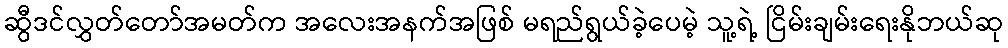
ဆွီဒင်လွှတ်တော်အမတ်က အလေးအနက်အဖြစ် မရည်ရွယ်ခဲ့ပေမဲ့ သူ့ရဲ့ ငြိမ်းချမ်းရေးနိုဘယ်ဆု